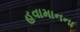
હવામાનના